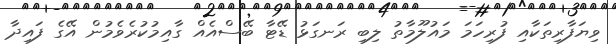
ވިޔަފާރިތަކާއި ފުރިހަމަ މައުލޫމާތު ލިބި ރަނގަޅު ޑޭޓާ ބޭސްއެއް ގާއިމުކުރެވެމުން އޭގެ ފައިދާ